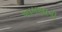
ખામણાની